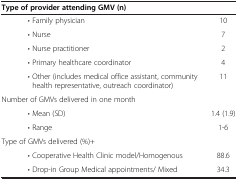
<table><thead><tr><td><b>Type of provider attending GMV (n)</b></td><td><b> </b></td></tr></thead><tbody><tr><td>• Family physician</td><td>10</td></tr><tr><td>• Nurse</td><td>7</td></tr><tr><td>• Nurse practitioner</td><td>2</td></tr><tr><td>• Primary healthcare coordinator</td><td>4</td></tr><tr><td>• Other (includes medical office assistant, community health representative, outreach coordinator)</td><td>11</td></tr><tr><td>Number of GMVs delivered in one month</td><td> </td></tr><tr><td>• Mean (SD)</td><td>1.4 (1.9)</td></tr><tr><td>• Range</td><td>1-6</td></tr><tr><td>Type of GMVs delivered (%)+</td><td> </td></tr><tr><td>• Cooperative Health Clinic model/Homogenous</td><td>88.6</td></tr><tr><td>• Drop-in Group Medical appointments/ Mixed</td><td>34.3</td></tr></tbody></table>